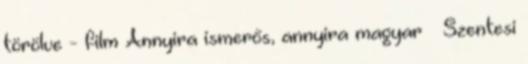
törölve - film Annyira ismerős, annyira magyar ✦ Szentesi